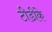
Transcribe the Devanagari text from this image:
टीडीके